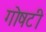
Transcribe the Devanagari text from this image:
गोषटी